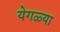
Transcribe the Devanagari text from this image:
येगळ्या